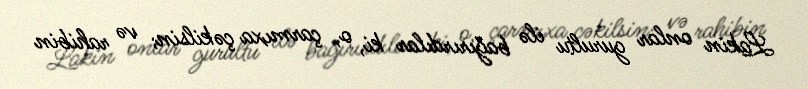
Lakin onlar gurultu ilə bağırırdılar ki, o, çarmıxa çəkilsin; və rahibin